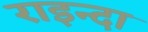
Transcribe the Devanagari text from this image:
राइन्दा